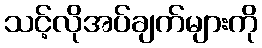
သင့်လိုအပ်ချက်များကို